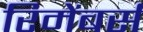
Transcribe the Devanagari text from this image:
रिमेंबर्स